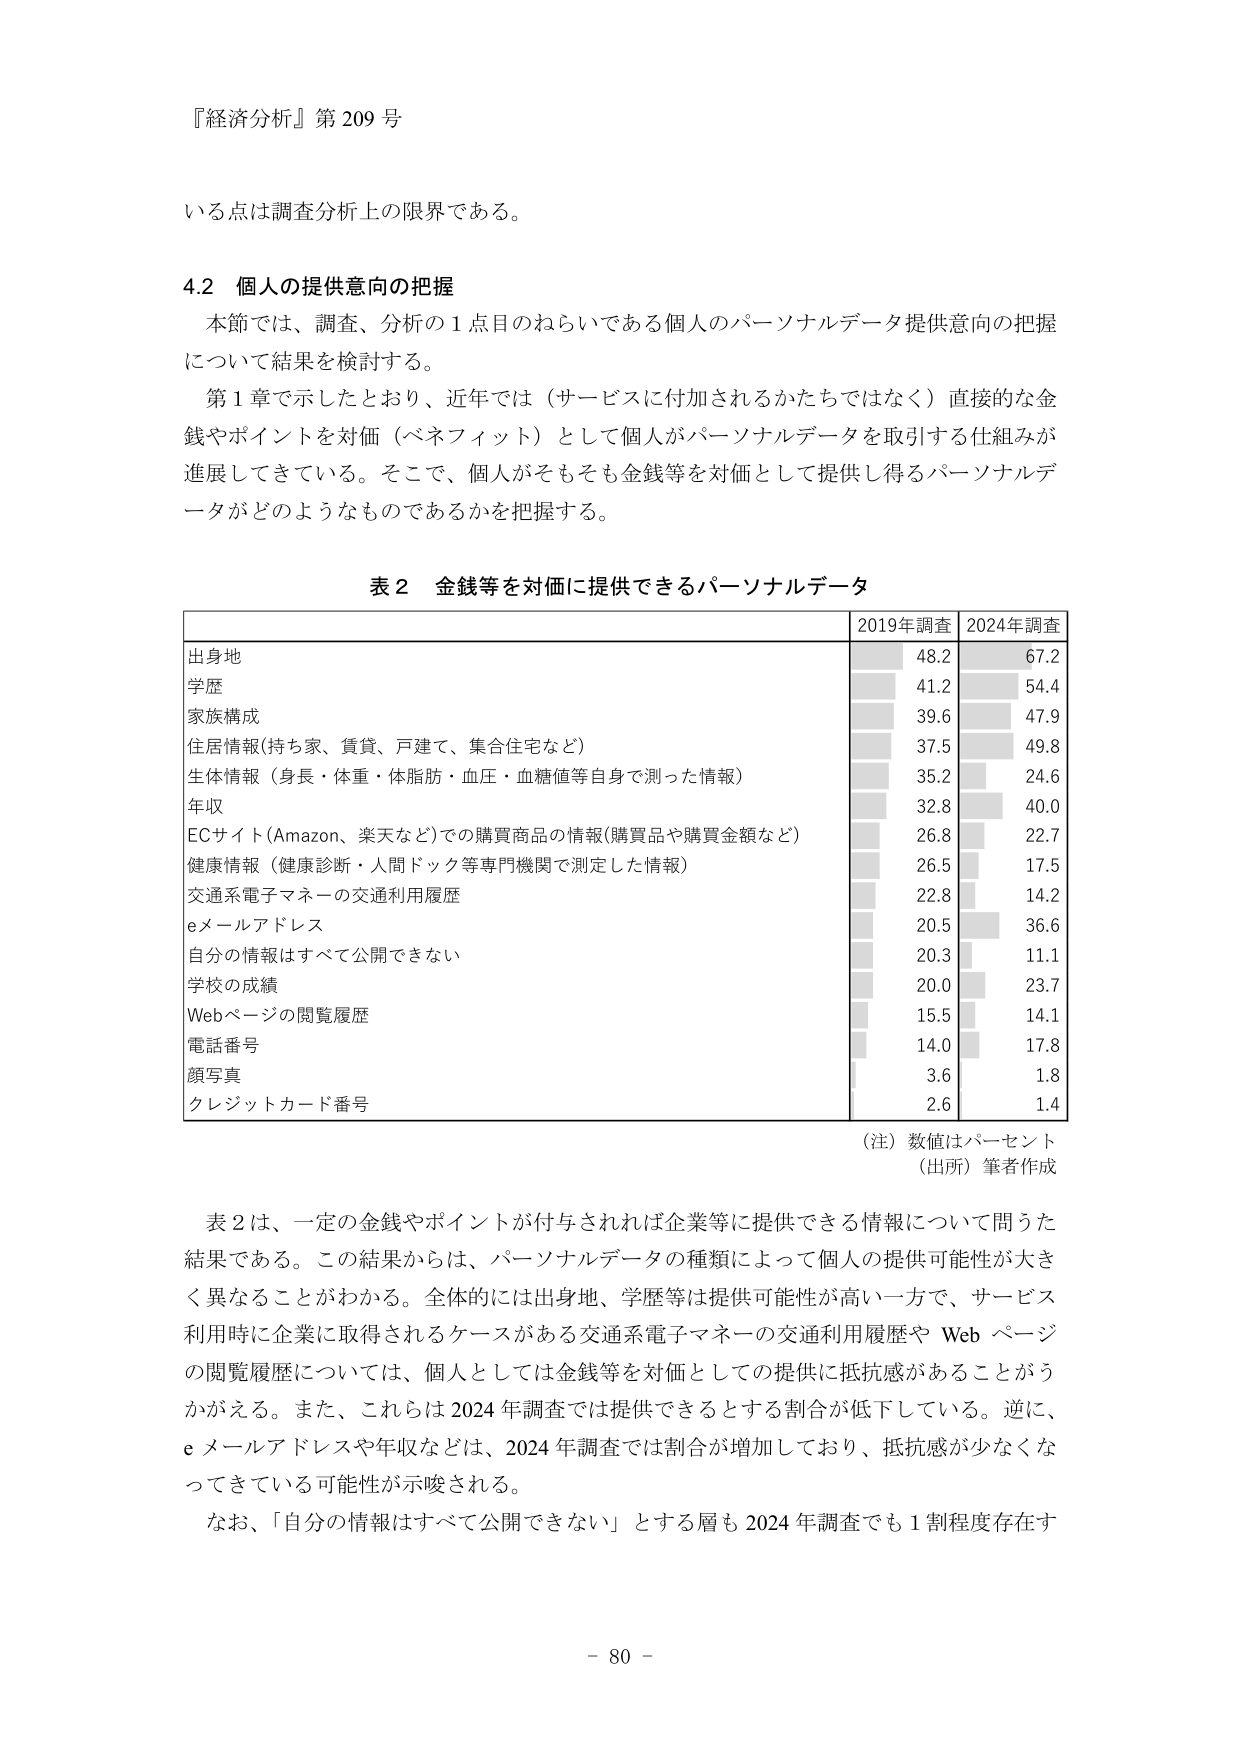
『経済分析』第209号

いる点は調査分析上の限界である。

4.2 個人の提供意向の把握
本節では、調査、分析の1点目のねらいである個人のパーソナルデータ提供意向の把握
について結果を検討する。
第1章で示したとおり、近年では（サービスに付加されるかたちではなく）直接的な金
銭やポイントを対価（ベネフィット）として個人がパーソナルデータを取引する仕組みが
進展してきている。そこで、個人がそもそも金銭等を対価として提供し得るパーソナルデ
ータがどのようなものであるかを把握する。

表2 金銭等を対価に提供できるパーソナルデータ

| | 2019年調査 | 2024年調査 |
|---|---|---|
| 出身地 | 48.2 | 67.2 |
| 学歴 | 41.2 | 54.4 |
| 家族構成 | 39.6 | 47.9 |
| 住居情報(持ち家、賃貸、戸建て、集合住宅など) | 37.5 | 49.8 |
| 生体情報（身長・体重・体脂肪・血圧・血糖値等自身で測った情報） | 35.2 | 24.6 |
| 年収 | 32.8 | 40.0 |
| ECサイト(Amazon、楽天など)での購買商品の情報(購買品や購買金額など) | 26.8 | 22.7 |
| 健康情報（健康診断・人間ドック等専門機関で測定した情報） | 26.5 | 17.5 |
| 交通系電子マネーの交通利用履歴 | 22.8 | 14.2 |
| eメールアドレス | 20.5 | 36.6 |
| 自分の情報はすべて公開できない | 20.3 | 11.1 |
| 学校の成績 | 20.0 | 23.7 |
| Webページの閲覧履歴 | 15.5 | 14.1 |
| 電話番号 | 14.0 | 17.8 |
| 顔写真 | 3.6 | 1.8 |
| クレジットカード番号 | 2.6 | 1.4 |

（注）数値はパーセント
（出所）筆者作成

表2は、一定の金銭やポイントが付与されれば企業等に提供できる情報について問うた
結果である。この結果からは、パーソナルデータの種類によって個人の提供可能性が大き
く異なることがわかる。全体的には出身地、学歴等は提供可能性が高い一方で、サービス
利用時に企業に取得されるケースがある交通系電子マネーの交通利用履歴や Web ページ
の閲覧履歴については、個人としては金銭等を対価としての提供に抵抗感があることがう
かがえる。また、これらは2024年調査では提供できるとする割合が低下している。逆に、
eメールアドレスや年収などは、2024年調査では割合が増加しており、抵抗感が少なくな
ってきている可能性が示唆される。
なお、「自分の情報はすべて公開できない」とする層も2024年調査でも1割程度存在す

- 80 -